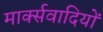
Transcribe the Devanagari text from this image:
मार्क्सवादियों